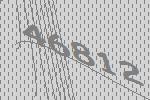
46812